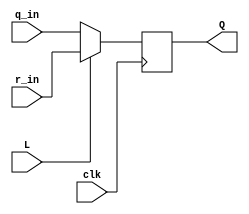
module top_module (
	input clk,
	input L,
	input r_in,
	input q_in,
	output reg Q);

    wire t;
    
    assign t = L? r_in : q_in;
    
    always @(posedge clk)
        Q <= t;
endmodule